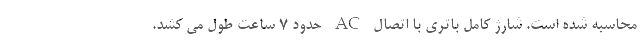
محاسبه شده است. شارژ کامل باتری با اتصال AC حدود 7 ساعت طول می کشد.